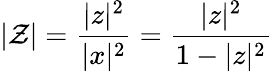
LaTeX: |\mathcal{Z}|={\frac{{|z|^{2}}}{{|x|^{2}}}}={\frac{{|z|^{2}}}{{1-|z|^{2}}}}